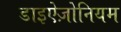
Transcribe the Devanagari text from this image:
डाइऐज़ोनियम